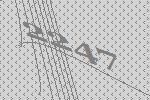
2247